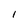
Character: l